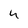
Character: 4